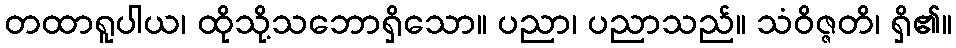
တထာရူပါယ၊ ထိုသို့သဘောရှိသော။ ပညာ၊ ပညာသည်။ သံဝိဇ္ဇတိ၊ ရှိ၏။